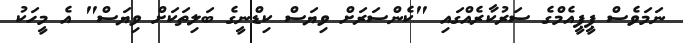
ނަމަވެސް ޕީޕީއެމްގެ ސަރުކާރެއްގައި "ކެންސަރަށް ވިޔަސް ކިޑްނީގެ ބަލިތަކަށް ވިޔަސް" އެ މީހަކު